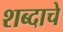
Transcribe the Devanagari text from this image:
शब्‍दाचे